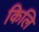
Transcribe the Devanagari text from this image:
किलि